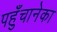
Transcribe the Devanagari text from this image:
पहुँचानेका